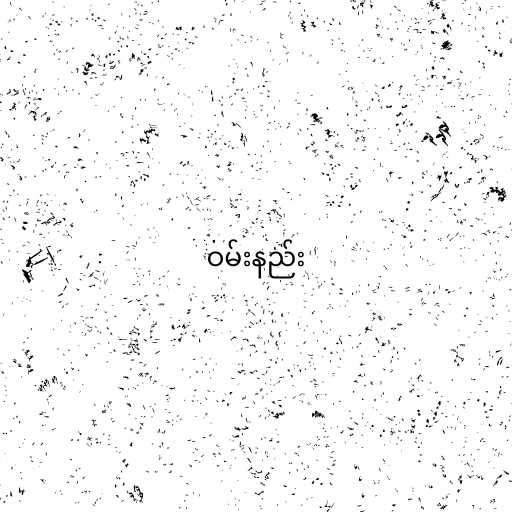
ဝမ်းနည်း